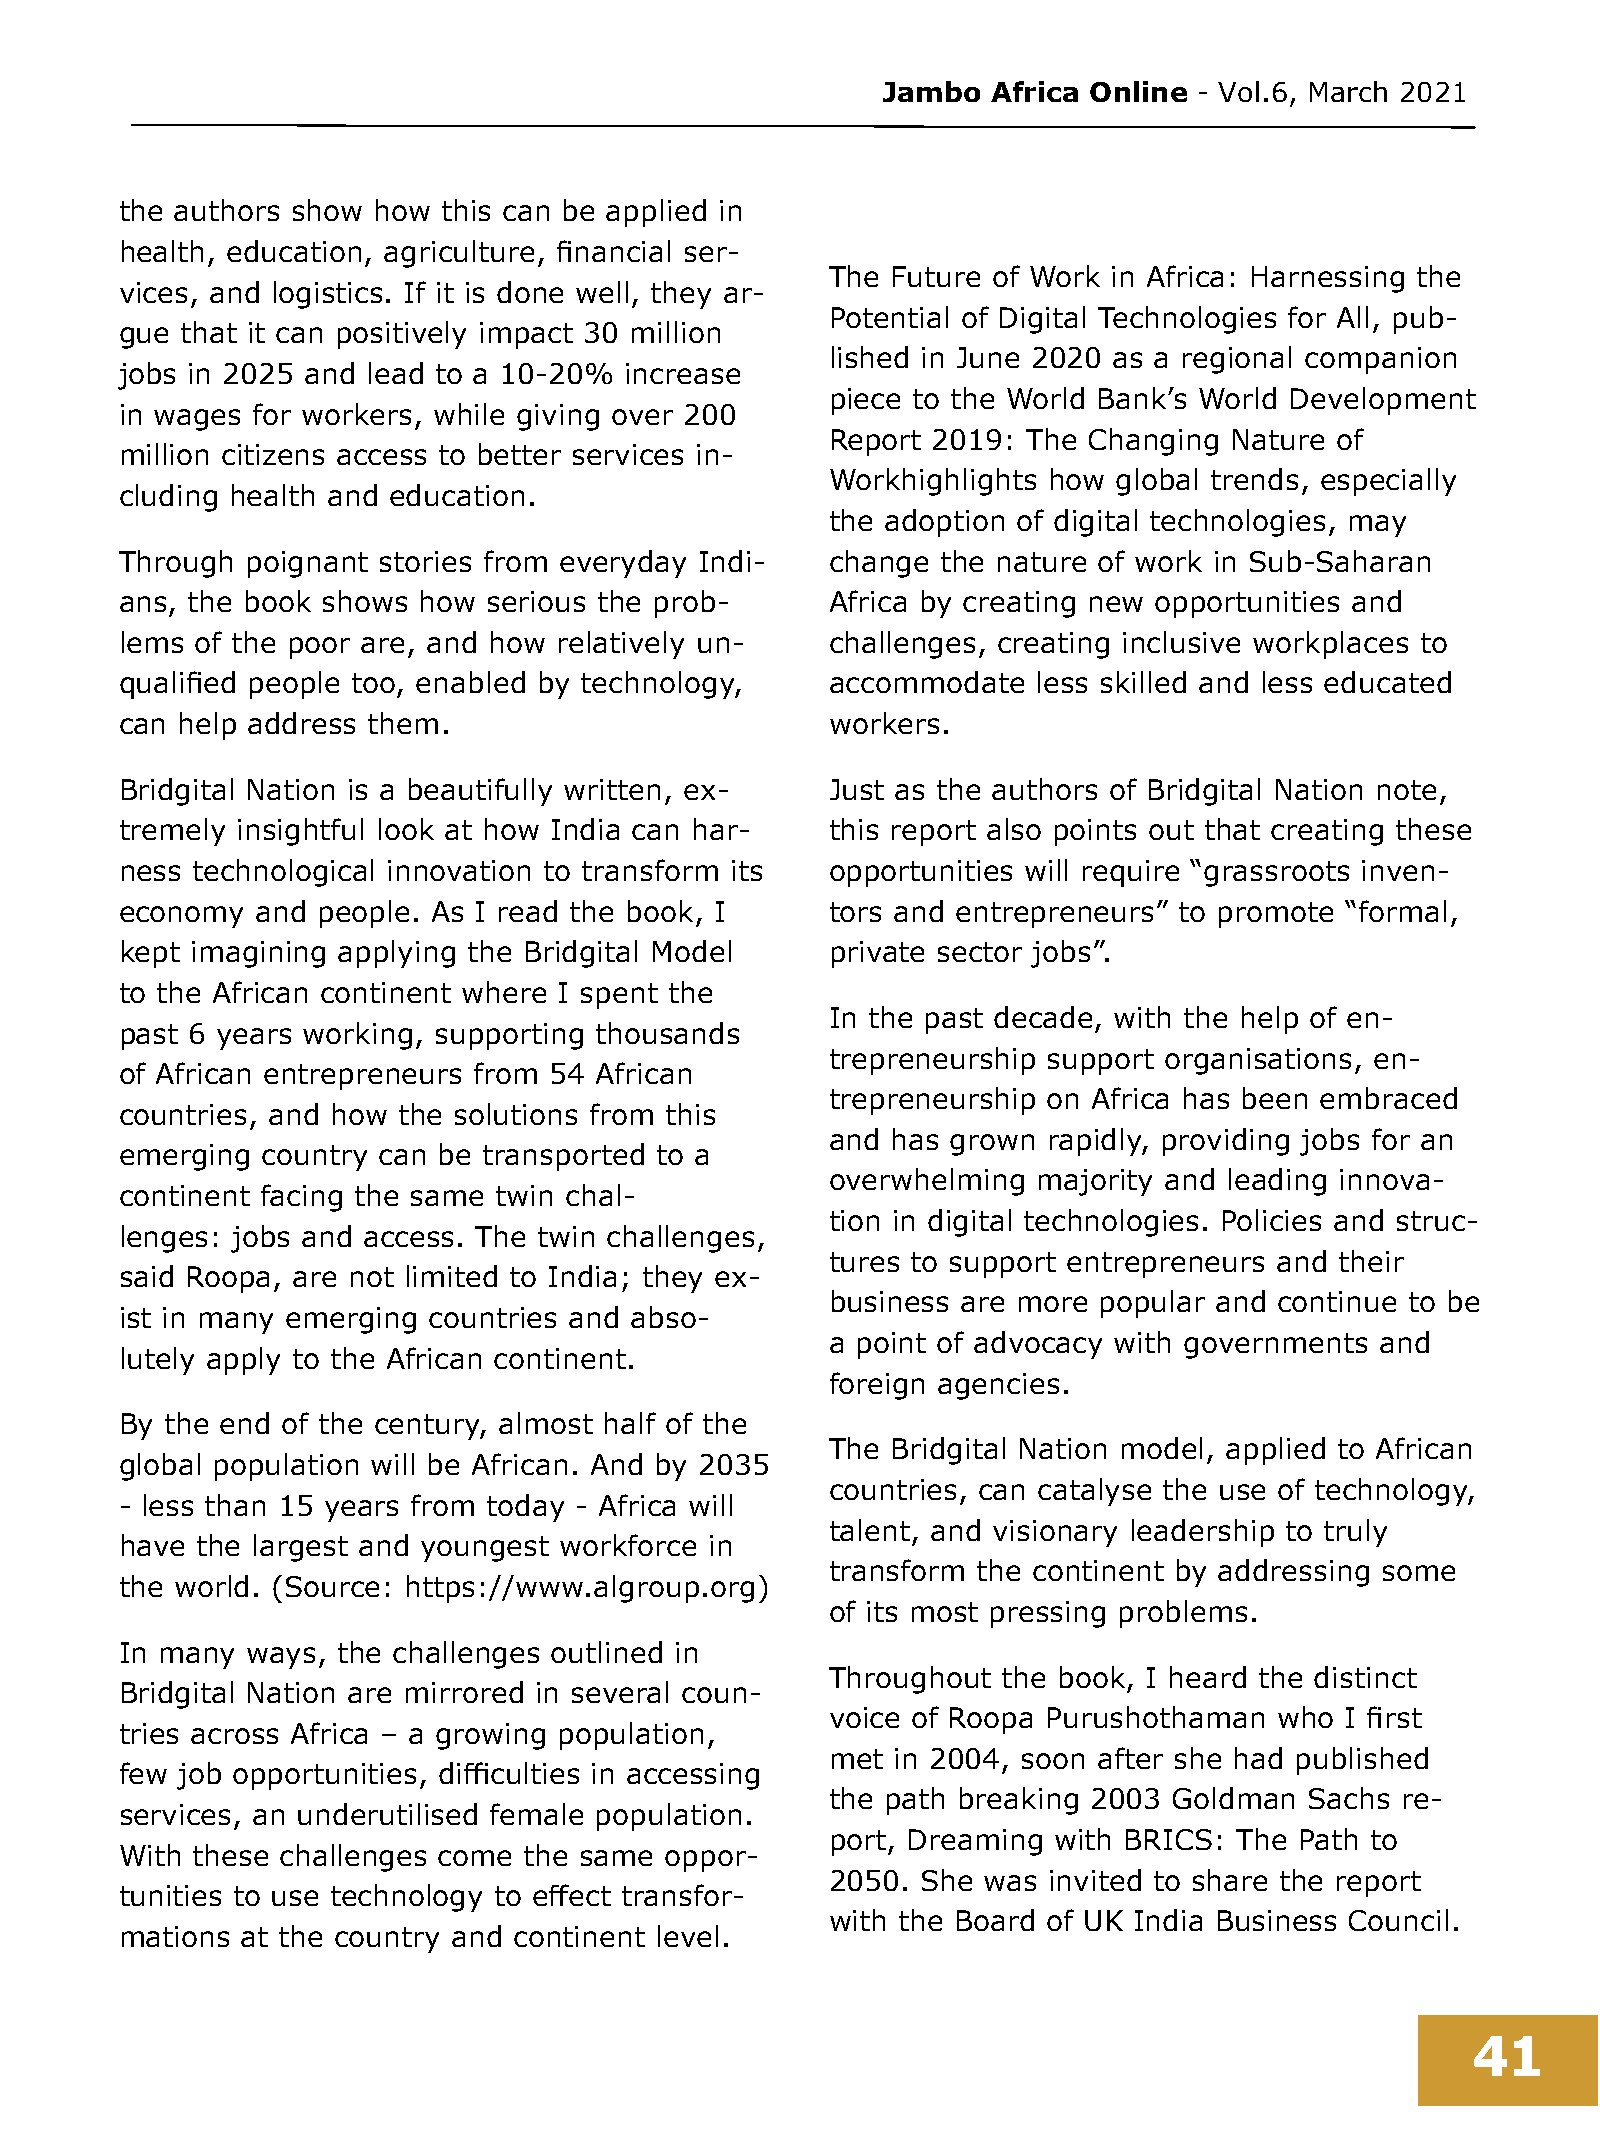
Jambo   Africa Online - Vol.6, March 2021
 the authors show how this can be applied in
 health, education, agriculture, financial ser-
 The Future of Work in Africa: Harnessing the
 vices, and logistics. If it is done well, they ar-
 Potential of Digital Technologies for All, pub-
 gue that it can positively impact 30 million
 lished in June 2020 as a regional companion
 jobs in 2025 and lead to a 10-20% increase
 piece to the World Bank’s World Development
 in wages for workers, while giving over 200
 Report 2019: The Changing Nature of
 million citizens access to better services in-
 Workhighlights how global trends, especially
 cluding health and education.
 the adoption of digital technologies, may
 Through poignant stories from everyday Indi-   change the nature of work in Sub-Saharan
 ans, the book shows how serious the prob-      Africa by creating new opportunities and
 lems of the poor are, and how relatively un-   challenges, creating inclusive workplaces to
 qualified people too, enabled by technology,   accommodate   less skilled and less educated
 can help address them.                         workers.
 Bridgital Nation is a beautifully written, ex- Just as the authors of Bridgital Nation note,
 tremely insightful look at how India can har-  this report also points out that creating these
 ness technological innovation to transform its opportunities will require “grassroots inven-
 economy  and people. As I read the book, I     tors and entrepreneurs” to promote “formal,
 kept imagining applying the Bridgital Model    private sector jobs”.
 to the African continent where I spent the
 In the past decade, with the help of en-
 past 6 years working, supporting thousands
 trepreneurship support organisations, en-
 of African entrepreneurs from 54 African
 trepreneurship on Africa has been embraced
 countries, and how the solutions from this
 and has grown rapidly, providing jobs for an
 emerging country can be transported to a
 overwhelming  majority and leading innova-
 continent facing the same twin chal-
 tion in digital technologies. Policies and struc-
 lenges: jobs and access. The twin challenges,
 tures to support entrepreneurs and their
 said Roopa, are not limited to India; they ex-
 business are more popular and continue to be
 ist in many emerging countries and abso-
 a point of advocacy with governments and
 lutely apply to the African continent.
 foreign agencies.
 By the end of the century, almost half of the
 The Bridgital Nation model, applied to African
 global population will be African. And by 2035
 countries, can catalyse the use of technology,
 - less than 15 years from today - Africa will
 talent, and visionary leadership to truly
 have the largest and youngest workforce in
 transform the continent by addressing some
 the world. (Source: https://www.algroup.org)
 of its most pressing problems.
 In many ways, the challenges outlined in
 Throughout the book, I heard the distinct
 Bridgital Nation are mirrored in several coun-
 voice of Roopa Purushothaman  who I first
 tries across Africa – a growing population,
 met in 2004, soon after she had published
 few job opportunities, difficulties in accessing
 the path breaking 2003 Goldman  Sachs re-
 services, an underutilised female population.
 port, Dreaming with BRICS: The Path to
 With these challenges come the same oppor-
 2050. She was invited to share the report
 tunities to use technology to effect transfor-
 with the Board of UK India Business Council.
 mations at the country and continent level.
 41